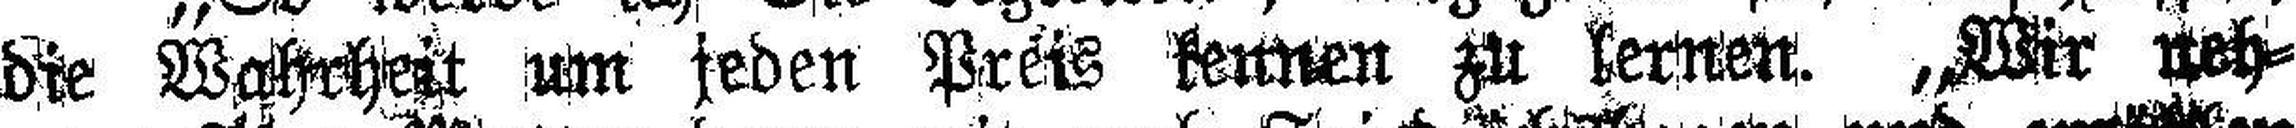
die Wahrheit um jeden Preis kennen zu lernen. „Wir neh¬